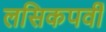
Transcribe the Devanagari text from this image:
लसिकपर्वी